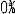
0%